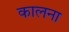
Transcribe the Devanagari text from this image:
कालना